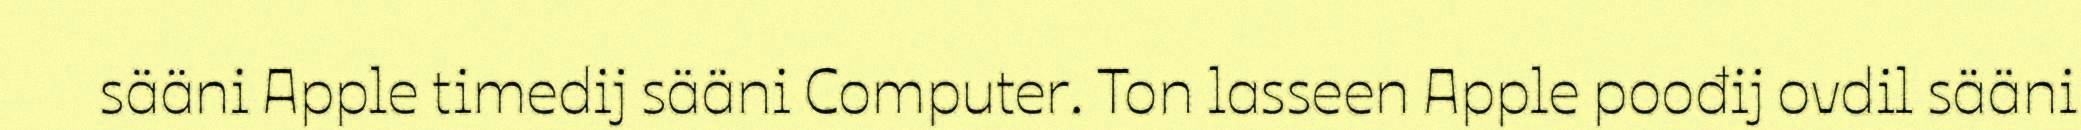
sääni Apple timedij sääni Computer. Ton lasseen Apple poođij ovdil sääni